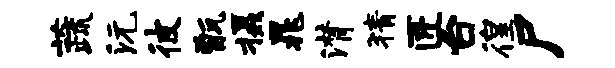
蔬沅彼甑摄晁潸猜匠台徨尸